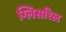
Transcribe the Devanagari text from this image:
ग्लिसरिल